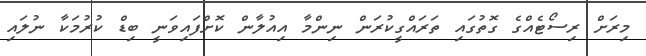
މިރަށް ރިސޯޓެއްގެ ގޮތުގައި ތަރައްގީކުރަން ނިންމާ އިއުލާން ކޮށްފައިވަނީ ބިޑް ކުރުމަކާ ނުލައި